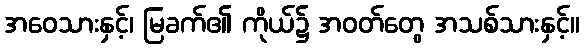
အဝေသားနှင့်၊ မြခက်၏ ကိုယ်၌ အဝတ်တွေ အသစ်သားနှင့်။